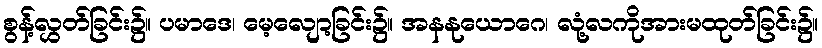
စွန့်လွှတ်ခြင်း၌။ ပမာဒေ၊ မေ့လျော့ခြင်း၌။ အနနုယောဂေ၊ လုံ့လကိုအားမထုတ်ခြင်း၌။